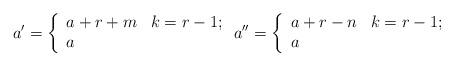
LaTeX: \begin{align*}a' = \left\{\begin{array}{ll}a +r + m & k = r-1; \\a & \end{array}\right. a'' = \left\{\begin{array}{ll}a +r - n & k = r-1; \\a & \end{array}\right. \end{align*}